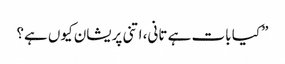
” کیا بات ہے تانی، اتنی پریشان کیوں ہے؟